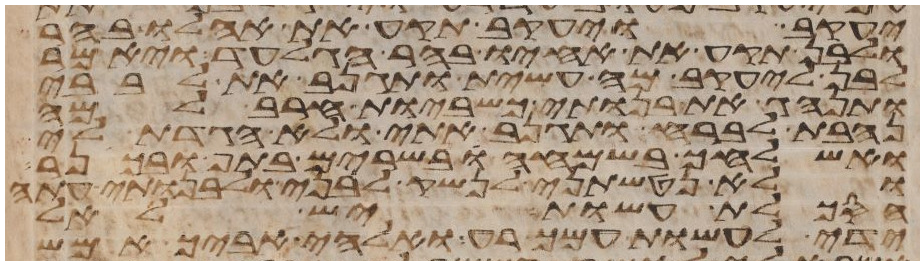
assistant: יעקב ויעקב תקע את אהלו בהר
ולבן תקע את אחיו בהר הגלעד ויאמר
לבן ליעקב מה עשית ותגנב את לבבי
ותנהג את בנותי כשביות חרב למה
נחבת לברח ותגנב אתי ולא הגדת לי
ואשלחך בשמחה בשרים בתף ובכנר
ולא נטשתני לנשק לבני ולבנותי עתה
הסכלת עשות יש לאל
ידי לעשות עמך רע ואלהי אביך אמש